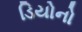
ડિયોનો